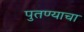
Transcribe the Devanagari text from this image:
पुतण्याचा